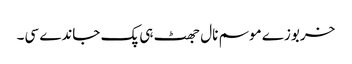
خربوزے موسم نال جھٹ ہی پک جاندے سی۔